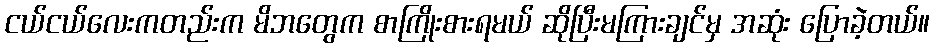
ငယ်ငယ်လေးကတည်းက မိဘတွေက စာကြိုးစားရမယ် ဆိုပြီးမကြားချင်မှ အဆုံး ပြောခဲ့တယ်။